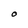
Character: O